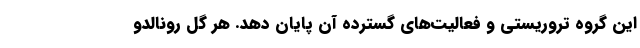
این گروه تروریستی و فعالیت‌های گسترده آن پایان دهد. هر گل رونالدو